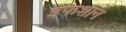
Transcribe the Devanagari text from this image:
इफशान